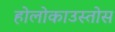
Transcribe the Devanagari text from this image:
होलोकाउस्तोस